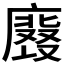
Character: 𭚀